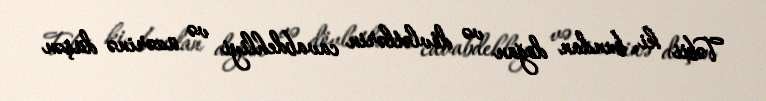
Təbii ki, bundan doğan və dövlətlərin cavabdehliyi və üzərinə düşən